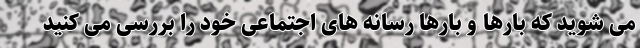
می‌ شوید که بارها و بارها رسانه‌ های اجتماعی خود را بررسی می ‌کنید